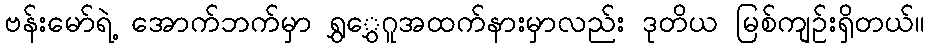
ဗန်းမော်ရဲ့ အောက်ဘက်မှာ ရွှွှေဂူအထက်နားမှာလည်း ဒုတိယ မြစ်ကျဉ်းရှိတယ်။